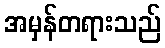
အမှန်တရားသည်